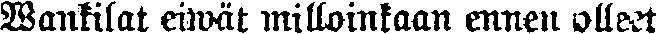
Wankilat eiwät milloinkaan ennen olleet